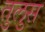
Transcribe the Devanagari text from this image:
तुलुस